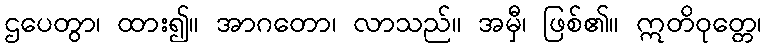
ဌပေတွာ၊ ထား၍။ အာဂတော၊ လာသည်။ အမှီ၊ ဖြစ်၏။ ဣတိဝုတ္တေ၊